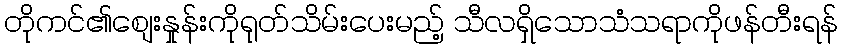
တိုကင်၏စျေးနှုန်းကိုရုတ်သိမ်းပေးမည့် သီလရှိသောသံသရာကိုဖန်တီးရန်